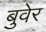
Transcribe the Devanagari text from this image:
बुवेर